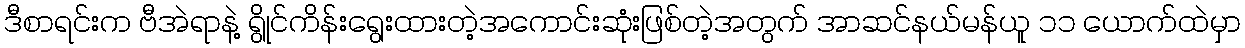
ဒီစာရင်းက ဗီအဲရာနဲ့ ရွိုင်ကိန်းရွေးထားတဲ့အကောင်းဆုံးဖြစ်တဲ့အတွက် အာဆင်နယ်မန်ယူ ၁၁ ယောက်ထဲမှာ